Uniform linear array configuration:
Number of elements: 4
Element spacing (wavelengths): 0.75
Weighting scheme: exponential
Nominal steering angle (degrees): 0
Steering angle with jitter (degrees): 0.8377
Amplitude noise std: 0.05
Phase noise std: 0.05

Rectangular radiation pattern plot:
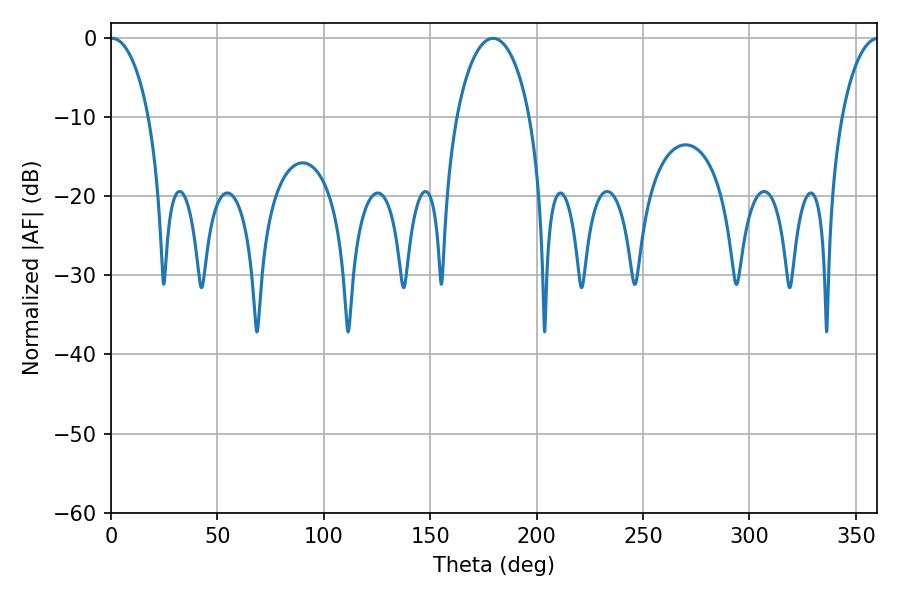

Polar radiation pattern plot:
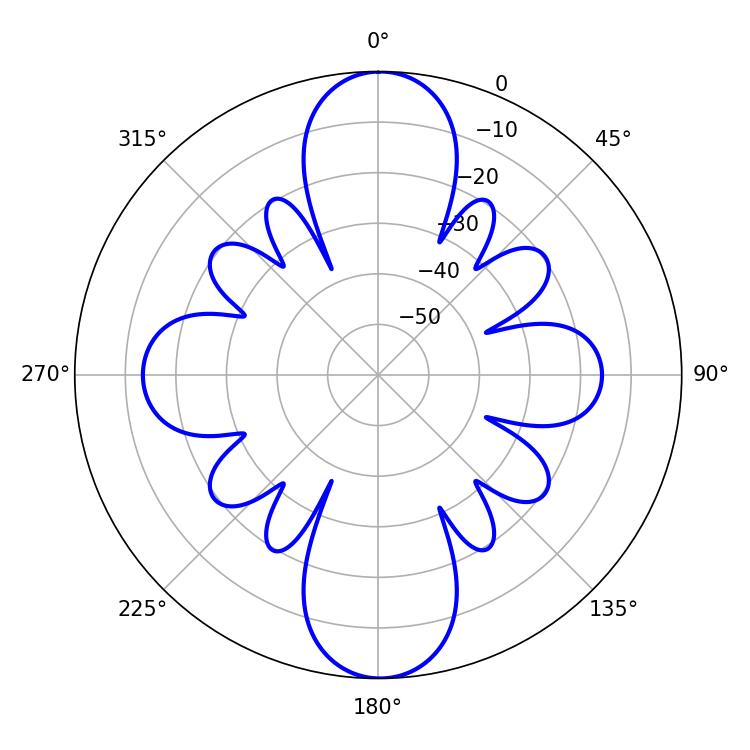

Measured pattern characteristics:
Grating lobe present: TRUE
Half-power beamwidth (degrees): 10.26
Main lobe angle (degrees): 0.54